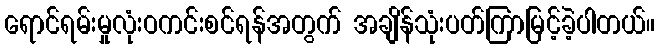
ရောင်ရမ်းမှုလုံးဝကင်းစင်ရန်အတွက် အချိန်သုံးပတ်ကြာမြင့်ခဲ့ပါတယ်။